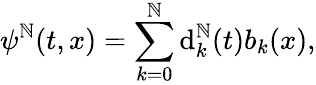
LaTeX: \psi^{\mathbb{N}}(t,x)=\sum_{k=0}^{\mathbb{N}}\mathrm{d}_{k}^{\mathbb{N}}(t)b_{k}(x),